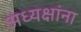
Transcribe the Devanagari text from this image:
अध्यक्षांना